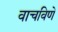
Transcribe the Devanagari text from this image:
वाचविणे